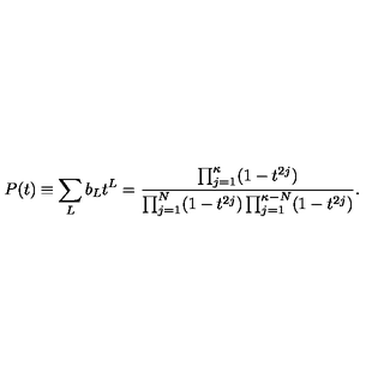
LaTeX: P ( t ) \equiv \sum _ { L } b _ { L } t ^ { L } = \frac { \prod _ { j = 1 } ^ { \kappa } ( 1 - t ^ { 2 j } ) } { \prod _ { j = 1 } ^ { N } ( 1 - t ^ { 2 j } ) \prod _ { j = 1 } ^ { \kappa - N } ( 1 - t ^ { 2 j } ) } .